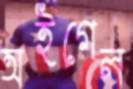
অইগেল